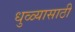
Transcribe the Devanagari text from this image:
धुळ्यासाठी